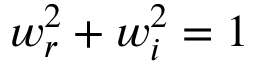
w _ { r } ^ { 2 } + w _ { i } ^ { 2 } = 1